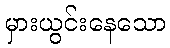
မှားယွင်းနေသော